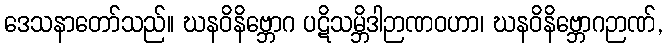
ဒေသနာတော်သည်။ ဃနဝိနိဗ္ဘောဂ ပဋိသမ္ဘိဒါဉာဏဝဟာ၊ ဃနဝိနိဗ္ဘောဂဉာဏ်,